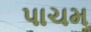
પાચમ